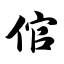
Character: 倌